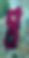
গ্র